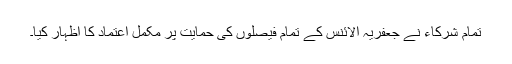
تمام شرکاء نے جعفریہ الائنس کے تمام فیصلوں کی حمایت پر مکمل اعتماد کا اظہار کیا۔